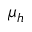
\mu _ { h }